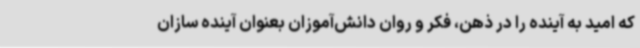
که امید به آینده را در ذهن، فکر و روان دانش‌آموزان بعنوان آینده سازان